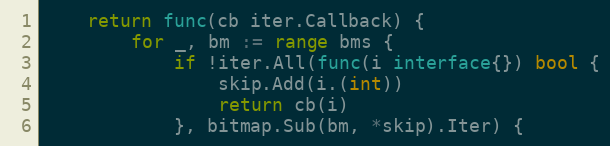
Language: Go
	return func(cb iter.Callback) {
		for _, bm := range bms {
			if !iter.All(func(i interface{}) bool {
				skip.Add(i.(int))
				return cb(i)
			}, bitmap.Sub(bm, *skip).Iter) {